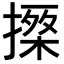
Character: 𢳗